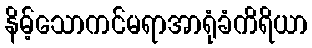
နိမ့်သောကင်မရာအာရုံခံကိရိယာ